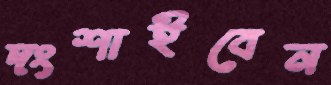
দংশাইবেন